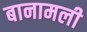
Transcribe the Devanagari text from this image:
बानामली